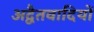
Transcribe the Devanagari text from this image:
अद्वैतवादियों